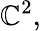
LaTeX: \mathbb{C}^{2},